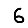
Digit: 6